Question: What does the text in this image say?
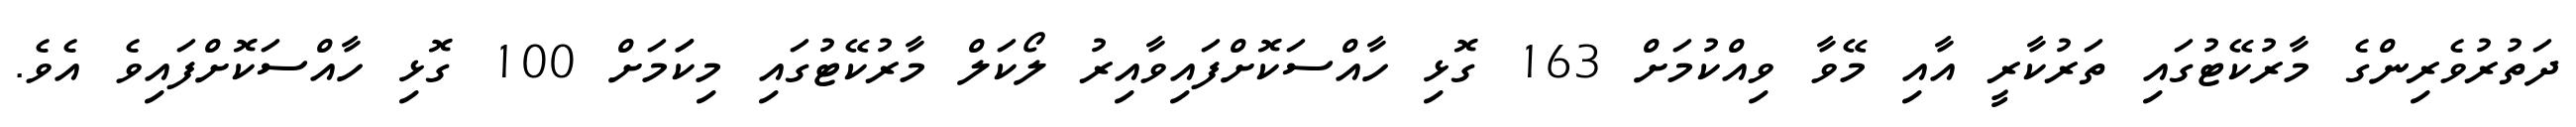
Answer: ދަތުރުވެރިންގެ މާރުކޭޓުގައި ތަރުކާރީ އާއި މޭވާ ވިއްކުމަށް 163 ގޮޅި ހާއްސަކޮށްފައިވާއިރު ލޯކަލް މާރުކޭޓުގައި މިކަަމަށް 100 ގޮޅި ހާއްސަކޮށްފައިވެ އެވެ.